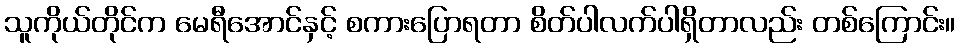
သူကိုယ်တိုင်က မေရီအောင်နှင့် စကားပြောရတာ စိတ်ပါလက်ပါရှိတာလည်း တစ်ကြောင်း။